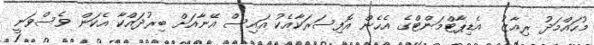
މުހައްމަދު ރިއާޒު  އެޑިޕާޓްމަންޓްގެ އެހެން އޮފިސަރަކާއެކު އައިސް އޭނާއަށް ބިރުދައްކާ އެކަން ވެސްވަނީ